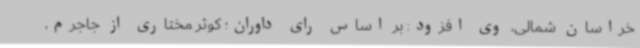
خراسان شمالی، وی افزود: بر اساس رای داوران؛ کوثر مختاری از جاجرم،